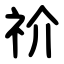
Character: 祄